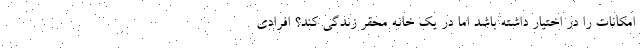
امکانات را در اختیار داشته باشد اما در یک خانه محقر زندگی کند؟ افرادی